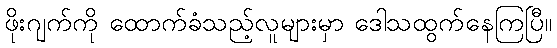
ဖိုးဂျက်ကို ထောက်ခံသည့်လူများမှာ ဒေါသထွက်နေကြပြီ။